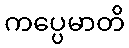
ကပ္ပေမာတိ